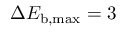
\Delta E _ { \mathrm { b , m a x } } = 3